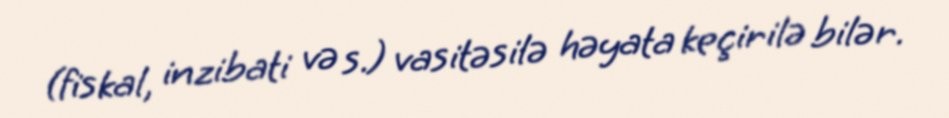
(fiskal, inzibati və s.) vasitəsilə həyata keçirilə bilər.